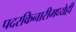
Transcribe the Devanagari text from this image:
पदरकिनारीमध्येही